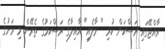
ރާއްޖޭގައި ރަސްކަން ކުރި " މާލެއި" އާއިލާގެ ރަސްކަމުގެ ތެރޭން މި ރަށުގެ